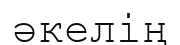
әкелің